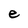
Character: e